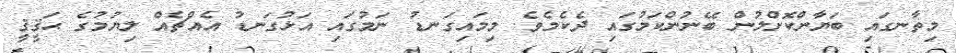
މިތާނގައި ބަޔާންކޮށްލުން ބޭނުންކަމުގައި ދެކެމެވެ. މިމައިގަނޑު ނަމުގައި އަޅުގަނޑު އެއްޗެއް ލިޔުމުގެ ޙަޤީޤީ